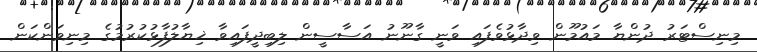
މިނިސްޓަރު ދުންޔާ މައުމޫން ވިދާޅުވެފައި ވަނީ ގާނޫނު އަސާސީން ލިބިދީފައިވާ ޚިޔާލުފާޅުކުރުމުގެ މިނިވަންކަން